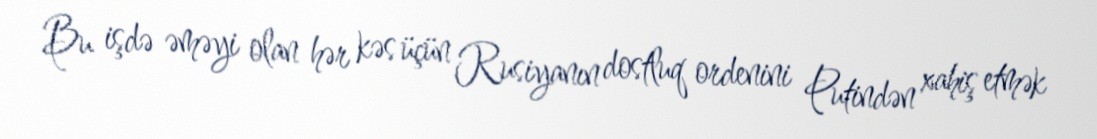
Bu işdə əməyi olan hər kəs üçün Rusiyanın dostluq ordenini Putindən xahiş etmək